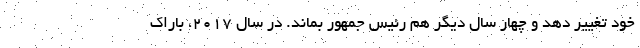
خود تغییر دهد و چهار سال دیگر هم رئیس جمهور بماند. در سال 2017، باراک